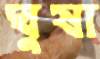
ঘুষা